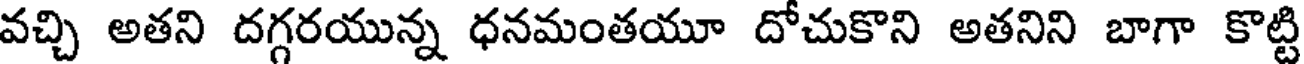
వచ్చి అతని దగ్గరయున్న ధనమంతయూ దోచుకొని అతనిని బాగా కొట్టి